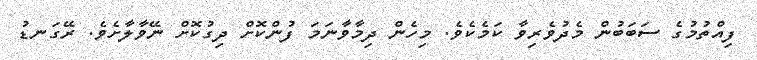
ފިއްތުމުގެ ސަބަބުން މެދުވެރިވާ ކަމެކެވެ. މިހެން ދިމާވާނަމަ ފުންކޮށް ދިގުކޮށް ނޭވާލާށެވެ. ރޭގަނޑު